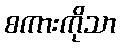
စကားကိုသာ